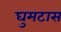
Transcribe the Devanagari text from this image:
घुमटास